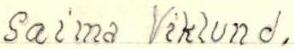
Saima Viklund.